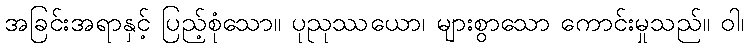
အခြင်းအရာနှင့် ပြည့်စုံသော။ ပုညုဿယော၊ များစွာသော ကောင်းမှုသည်။ ဝါ၊